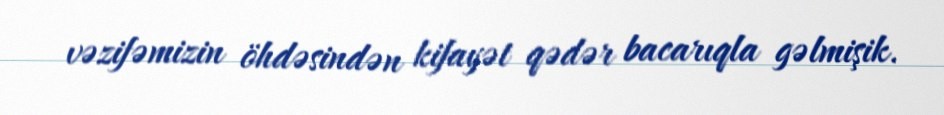
vəzifəmizin öhdəsindən kifayət qədər bacarıqla gəlmişik.